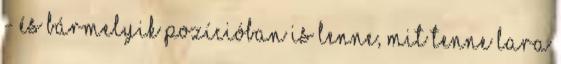
- És bármelyik pozícióban is lenne, mit tenne Lara